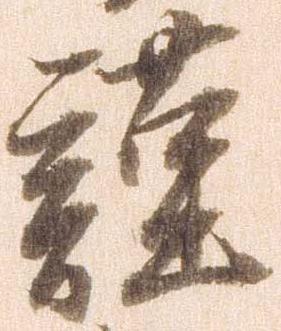
謹